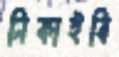
নিকাইবি